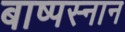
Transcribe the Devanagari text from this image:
बाष्पस्नान